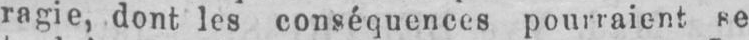
ragie, dont les conséquences pourraient se